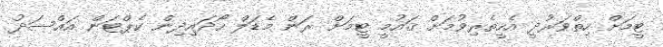
ޓީމަށް ހިތްވަރުދީ އެހީތެރިވުމަށް ޤައުމީ ޓީމަށް ރަން މެޑަލް ހޯދައިދިން ކެޕްޓަން އައްސަދު